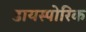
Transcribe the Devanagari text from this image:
डायस्पोरिक